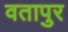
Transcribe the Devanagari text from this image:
वतापुर